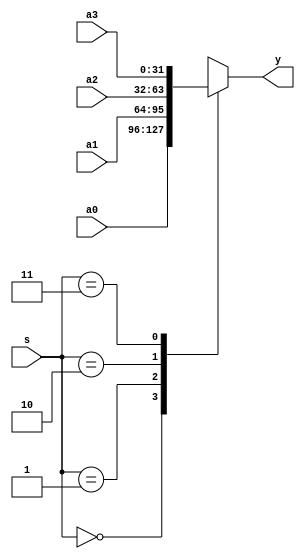
module mux4x32 (a0, a1, a2, a3, s, y);
  input [31:0] a0, a1, a2, a3;    // inputs, 32bits
  input [1:0] s;                  // input, 2 bits
  output [31:0] y;                // output 32bit
  function [31:0] select;         // function return = select
    input [31:0] a0,a1,a2,a3;
    input [1:0] s;
    case (s)
      2'b00: select = a0;
      2'b01: select = a1;
      2'b10: select = a2;
      2'b11: select = a3;
    endcase
  endfunction
  assign y = select(a0,a1,a2,a3,s);
endmodule